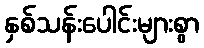
နှစ်သန်းပေါင်းများစွာ